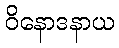
ဝိနောဒနာယ